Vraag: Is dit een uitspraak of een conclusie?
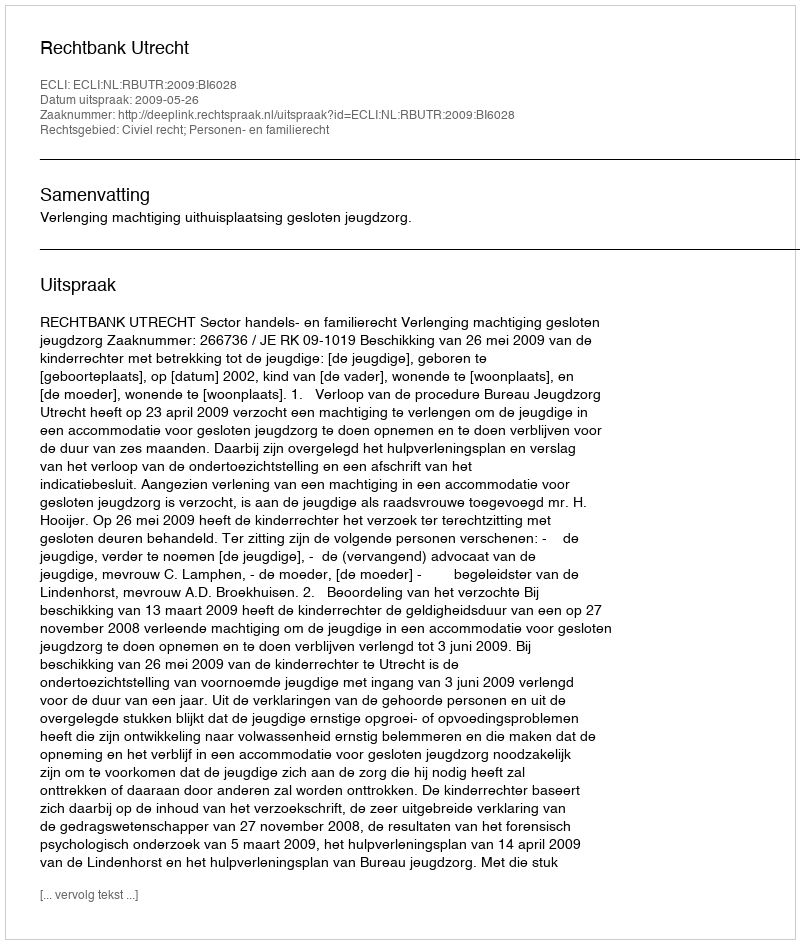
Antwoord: Uitspraak